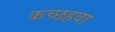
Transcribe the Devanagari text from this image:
कच्छहवा